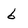
Character: 6